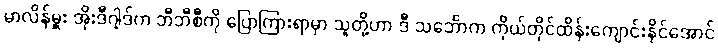
မာလိန်မှူး အိုးဒီဂါ့ဒ်က ဘီဘီစီကို ပြောကြားရာမှာ သူတို့ဟာ ဒီ သင်္ဘောက ကိုယ်တိုင်ထိန်းကျောင်းနိုင်အောင်